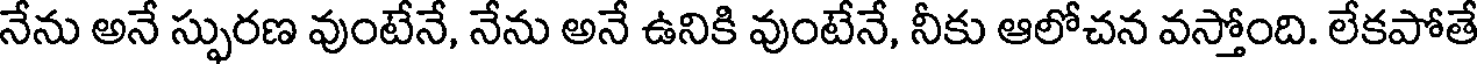
నేను అనే స్ఫురణ వుంటేనే, నేను అనే ఉనికి వుంటేనే, నీకు ఆలోచన వస్తోంది. లేకపోతే